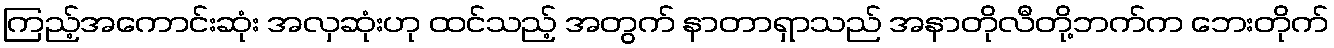
ကြည့်အကောင်းဆုံး အလှဆုံးဟု ထင်သည့် အတွက် နာတာရှာသည် အနာတိုလီတို့ဘက်က ဘေးတိုက်